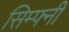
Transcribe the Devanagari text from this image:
सिम्फ्नी